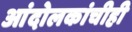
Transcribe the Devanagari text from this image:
आंदोलकांचीही